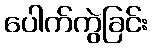
ပေါက်ကွဲခြင်း